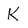
Character: K